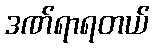
ဒဏ်ရာရတယ်